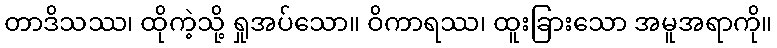
တာဒိသဿ၊ ထိုကဲ့သို့ ရှုအပ်သော။ ဝိကာရဿ၊ ထူးခြားသော အမူအရာကို။